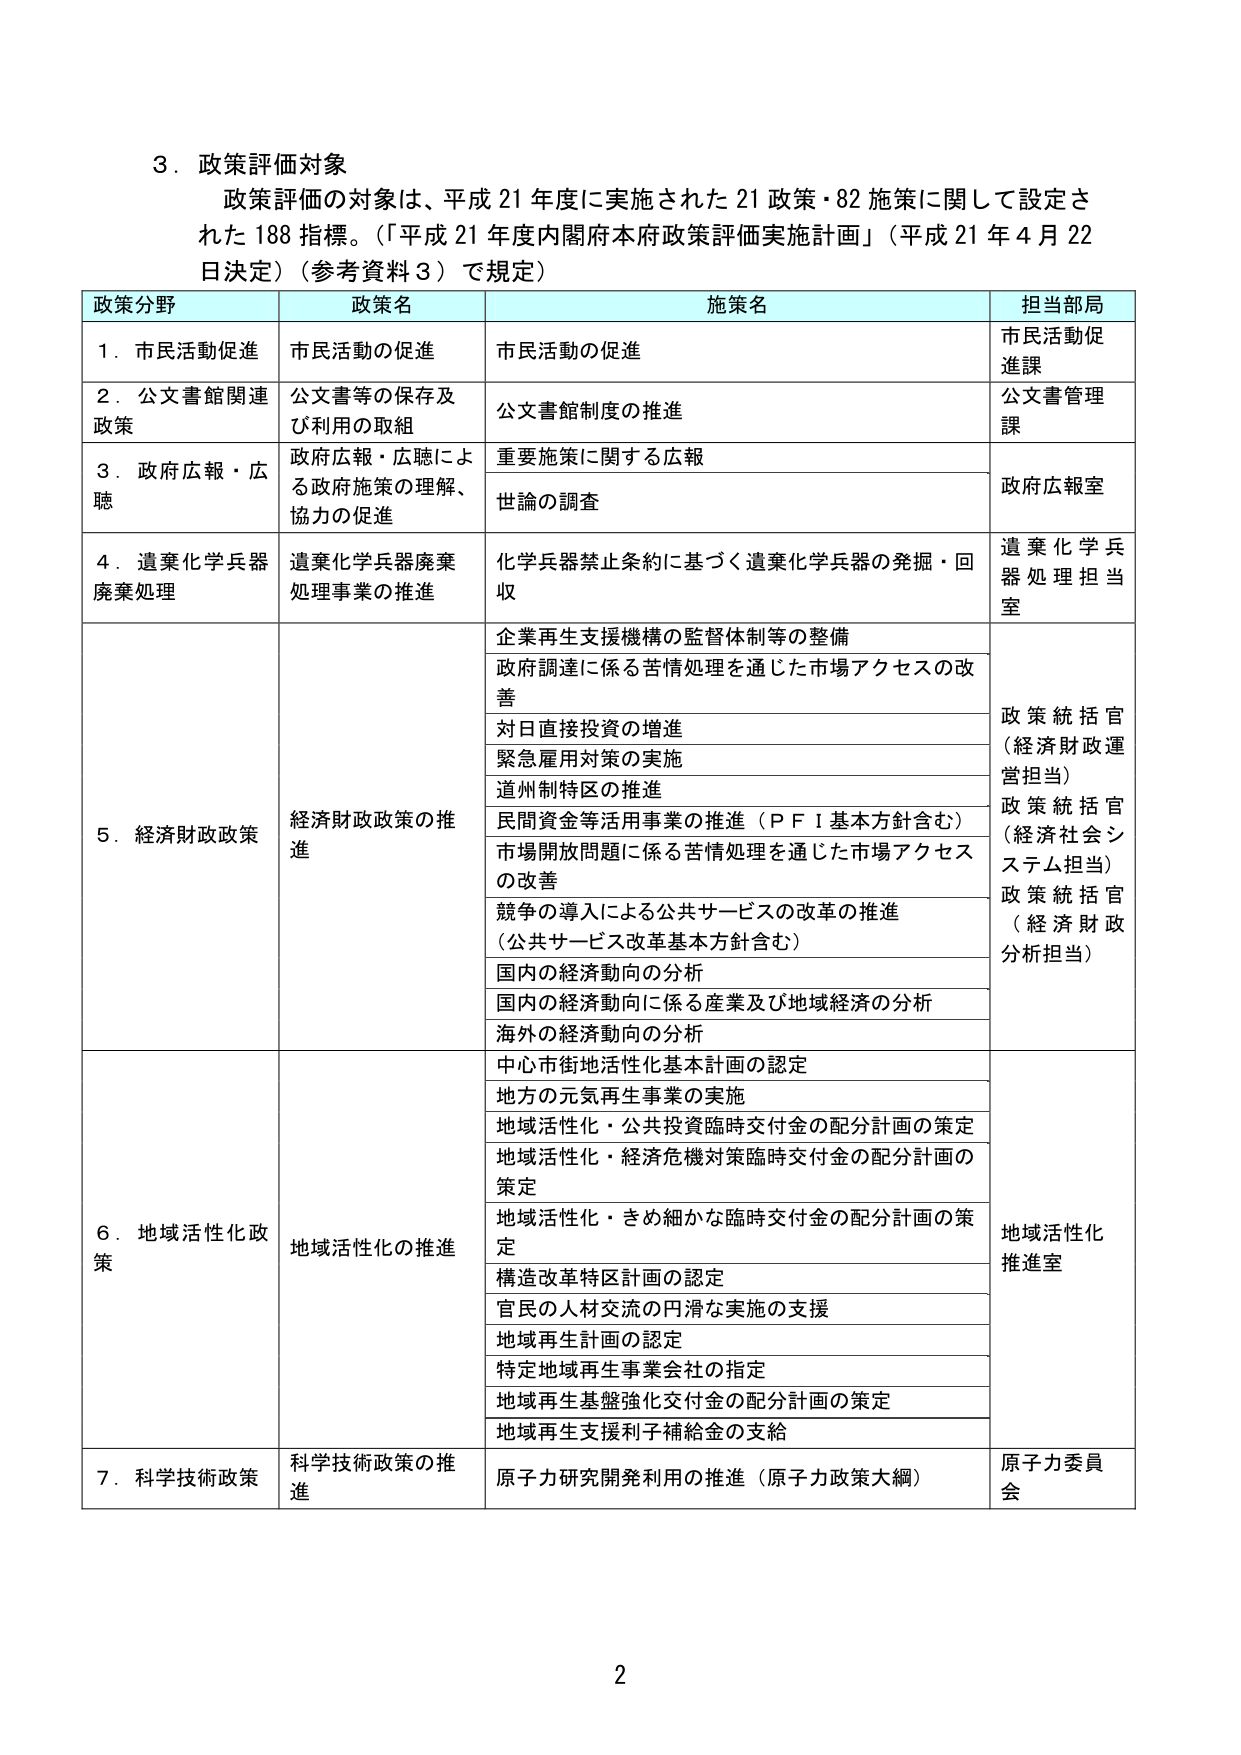
3．政策評価対象
政策評価の対象は、平成21年度に実施された21政策・82施策に関して設定された188指標。「平成21年度内閣府本府政策評価実施計画」（平成21年4月22日決定）（参考資料3）で規定）

政策分野　　政策名　　施策名　　担当当局
1．市民活動促進　　市民活動の促進　　市民活動の促進　　市民活動促進課
2．公文書館関連政策　　公文書等の保存及び利用の取組　　公文書館制度の推進　　公文書管理課
3．政府広報・広聴　　政府広報・広聴による政府施策の理解、協力の促進　　重要施策に関する広報　　政府広報室
　　　　　　　　　　　　　　　　　　　　　　　　　　　　　　　　世論の調査
4．遺棄化学兵器廃棄処理　　遺棄化学兵器廃棄処理事業の推進　　化学兵器禁止条約に基づく遺棄化学兵器の発掘・回収　　遺棄化学兵器処理担当室
5．経済財政政策　　経済財政政策の推進　　企業再生支援機構の監督体制等の整備　　政策統括官（経済財政運営担当）
　　　　　　　　　　　　　　　　　　　　政府調達に係る苦情処理を通じた市場アクセスの改善
　　　　　　　　　　　　　　　　　　　　対日直接投資の増進
　　　　　　　　　　　　　　　　　　　　緊急雇用対策の実施
　　　　　　　　　　　　　　　　　　　　道州制特区の推進
　　　　　　　　　　　　　　　　　　　　民間資金等活用事業の推進（ＰＦＩ基本方針含む）
　　　　　　　　　　　　　　　　　　　　市場開放問題に係る苦情処理を通じた市場アクセスの改善
　　　　　　　　　　　　　　　　　　　　競争の導入による公共サービスの改革の推進（公共サービス改革基本方針含む）
　　　　　　　　　　　　　　　　　　　　国内の経済動向の分析
　　　　　　　　　　　　　　　　　　　　国内の経済動向に係る産業及び地域経済の分析
　　　　　　　　　　　　　　　　　　　　海外の経済動向の分析
　　　　　　　　　　　　　　　　　　　　　　　　　　　　　　　　政策統括官（経済社会システム担当）
　　　　　　　　　　　　　　　　　　　　　　　　　　　　　　　　政策統括官（経済財政分析担当）
6．地域活性化政策　　地域活性化の推進　　中心市街地活性化基本計画の認定　　地域活性化推進室
　　　　　　　　　　　　　　　　　　　　地方の元気再生事業の実施
　　　　　　　　　　　　　　　　　　　　地域活性化・公共投資臨時交付金の配分計画の策定
　　　　　　　　　　　　　　　　　　　　地域活性化・経済危機対策臨時交付金の配分計画の策定
　　　　　　　　　　　　　　　　　　　　地域活性化・きめ細かな臨時交付金の配分計画の策定
　　　　　　　　　　　　　　　　　　　　構造改革特区計画の認定
　　　　　　　　　　　　　　　　　　　　官民の人材交流の円滑な実施の支援
　　　　　　　　　　　　　　　　　　　　地域再生計画の認定
　　　　　　　　　　　　　　　　　　　　特定地域再生事業会社の指定
　　　　　　　　　　　　　　　　　　　　地域再生基盤強化交付金の配分計画の策定
　　　　　　　　　　　　　　　　　　　　地域再生支援利子補給金の支給
7．科学技術政策　　科学技術政策の推進　　原子力研究開発利用の推進（原子力政策大綱）　　原子力委員会

2